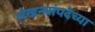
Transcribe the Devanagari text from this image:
लेखनसंपदेच्या